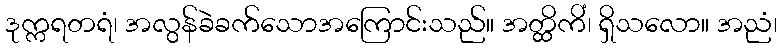
ဒုက္ကရတရံ၊ အလွန်ခဲခက်သောအကြောင်းသည်။ အတ္ထိကိံ၊ ရှိသလော။ အညံ၊